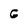
Character: G